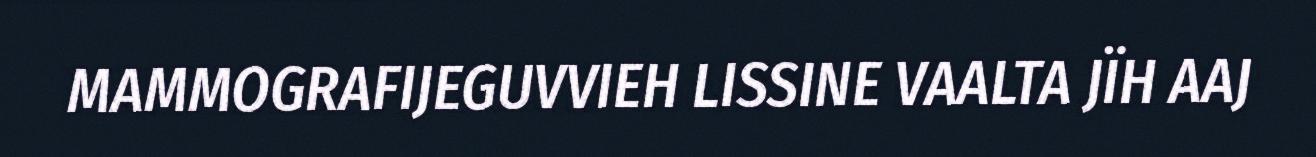
MAMMOGRAFIJEGUVVIEH LISSINE VAALTA JÏH AAJ